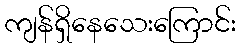
ကျန်ရှိနေသေးကြောင်း